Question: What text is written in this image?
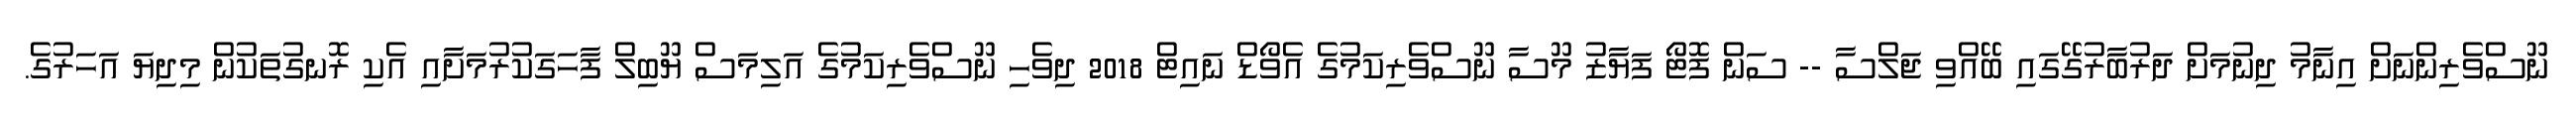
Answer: ނޫސްވެރިންނަށް އިނާމު ދިނުމަށް ދަރުބާރުގޭގައި ބޭއްވި ޖަލްސާ -- ސަން ފޮޓޯ ފަޔާޒު މޫސާ ނޫސްވެރިކަމުގެ އެވޯޑް ނައިޓް 2018 ދިވެހި ނޫސްވެރިކަމުގެ އަލިމަސް ޔޫބިލް ފާހަގަކުރުމަށާއި އެކި ރޮނގުތަކުން މިދިޔަ އަހަރުގެ.